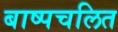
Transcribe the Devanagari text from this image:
बाष्पचलित